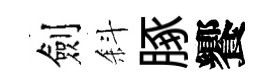
劍斜䐁饗